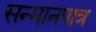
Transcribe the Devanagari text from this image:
सन्‍मानपात्र